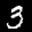
Label: 3